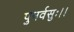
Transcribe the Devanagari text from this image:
पुनर्वसुः।।